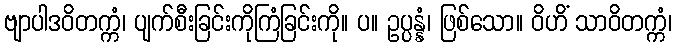
ဗျာပါဒဝိတက္ကံ၊ ပျက်စီးခြင်းကိုကြံခြင်းကို။ ပ။ ဥပ္ပန္နံ၊ ဖြစ်သော။ ဝိဟိံ သာဝိတက္ကံ၊